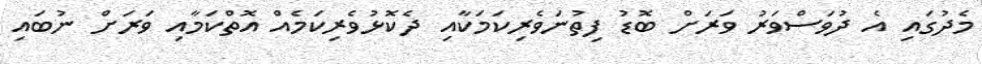
މެދުގައި އެ ދުވަސްވަރު ވަރަށް ބޮޑު ފިތުނަވެރިކަމަކާއި ދެކޮޅުވެރިކަމެއް އޮތްކަމާއި ވަރަށް ނުބައި